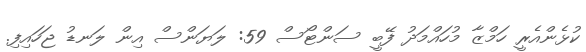
ކުޅެންއެރީ ހަމްޒާ މުހައްމަދު ފޭބީ ސަންޓޯސް 59: ލަޔަންސް އިން ލަނޑު ޖަހައިފި.